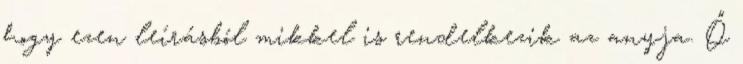
hogy ezen leírásból mikkel is rendelkezik az anyja. Ő